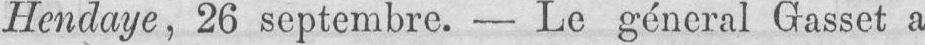
Hendaye, 26 septembre. - Le général Grasset a